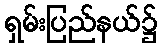
ရှမ်းပြည်နယ်၌